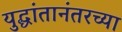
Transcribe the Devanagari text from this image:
युद्धांतानंतरच्या